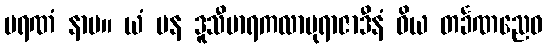
မရဏံ နာမ။ ယံ ပန ဒူသီမာရကလာဗုရာဇာဒီနံ ဝိယ တင်္ခဏညေဝ